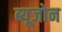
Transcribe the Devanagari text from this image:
ब्यूजोन